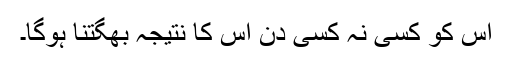
اس کو کسی نہ کسی دن اس کا نتیجہ بھگتنا ہوگا۔